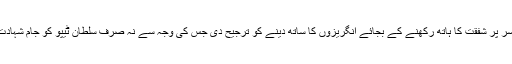
مگر خلافت عثمانیہ اور ریاست حیدر آباد دونوں نے اس مرد غیور کا ساتھ دینے اور اس کے سر پر شفقت کا ہاتھ رکھنے کے بجائے انگریزوں کا ساتھ دینے کو ترجیح دی جس کی وجہ سے نہ صرف سلطان ٹیپوؒ کو جام شہادت نوش کرنا پڑا بلکہ جنوبی ایشیا کی یہ اسلامی ریاست بھی تاریخ کے دھندلکوں میں گم ہوگئی۔